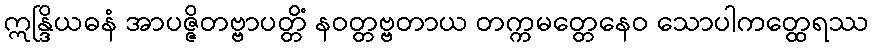
ဣန္ဒြိယဓနံ အာပဇ္ဇိတဗ္ဗာပတ္တိံ နဝတ္တဗ္ဗတာယ တက္ကမတ္တေနေဝ သောပါကတ္ထေရဿ